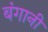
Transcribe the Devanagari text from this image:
बंगानी